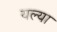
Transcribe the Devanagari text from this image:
यल्या